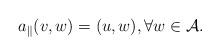
LaTeX: \begin{align*}a_{\|}(v,w)=(u,w),\forall w\in \mathcal{A.} \end{align*}